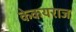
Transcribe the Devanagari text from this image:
केकयराज